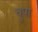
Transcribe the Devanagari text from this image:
चुपा